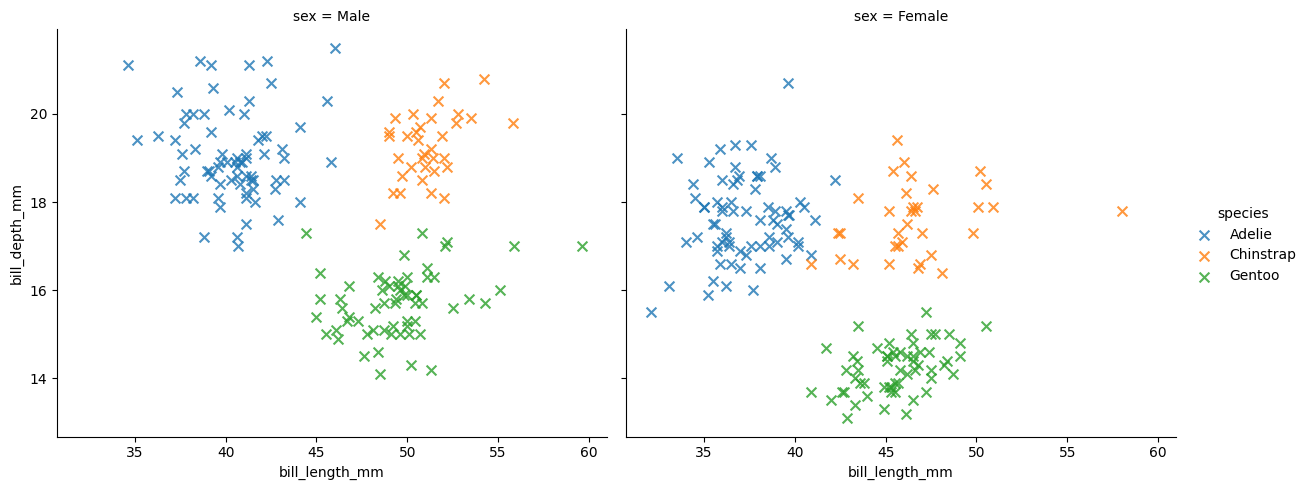
python, seaborn, lmplot, aspect=1.2, order=2, markers='x'